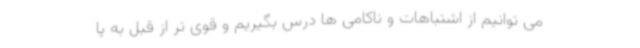
می توانیم از اشتباهات و ناکامی ها درس بگیریم و قوی تر از قبل به پا